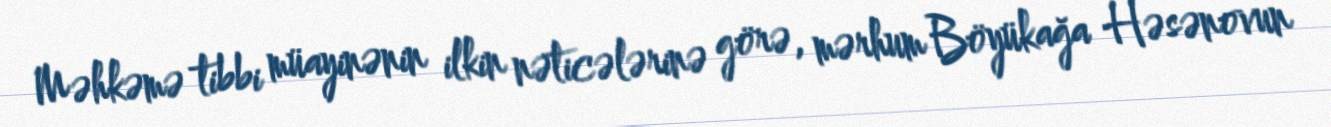
Məhkəmə tibbi müayinənin ilkin nəticələrinə görə, mərhum Böyükağa Həsənovun